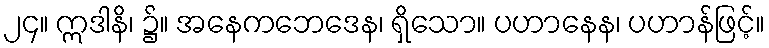
၂၄။ ဣဒါနိ၊ ၌။ အနေကဘေဒေန၊ ရှိသော။ ပဟာနေန၊ ပဟာန်ဖြင့်။